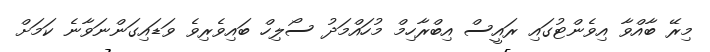
މިރޭ ބާއްވާ އިވެންޓުގައި ރައީސް އިބްރާހިމް މުހައްމަދު ސޯލިހް ބައިވެރިވެ ވަޑައިގަންނަވާނެ ކަމަށް